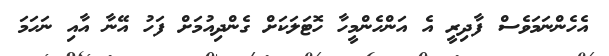
އެހެންނަމަވެސް ފާދިރީ އެ އަންހެންމީހާ ހޮޓަލަކަށް ގެންދިއުމަށް ފަހު އޭނާ އާއި ނަހަމަ